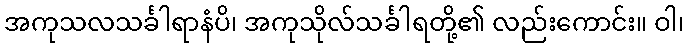
အကုသလသင်္ခါရာနံပိ၊ အကုသိုလ်သင်္ခါရတို့၏ လည်းကောင်း။ ဝါ၊